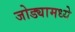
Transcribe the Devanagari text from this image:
जोड्यामध्ये